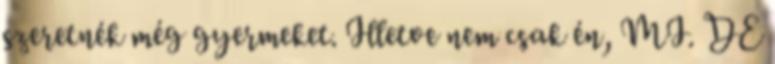
szeretnék még gyermeket. Illetve nem csak én, MI. DE